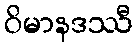
ဝိမာနဒဿီ